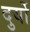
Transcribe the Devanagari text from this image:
दुर्यो